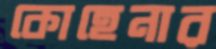
কোহেনার